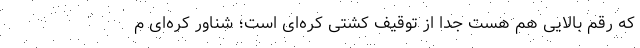
که رقم بالایی هم هست جدا از توقیف کشتی کره‌ای است؛ شناور کره‌ای م